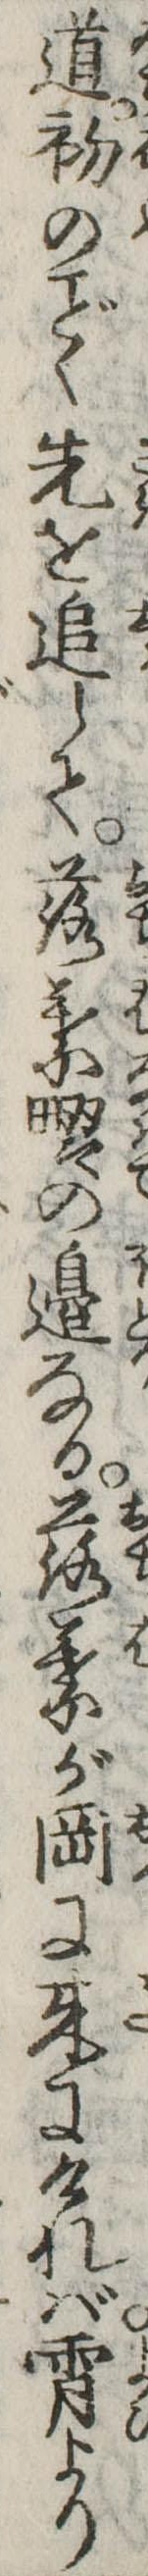
道初のく先を追して落葉畷の辺なる落葉が岡に来にければ宵より